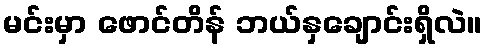
မင်းမှာ ဖောင်တိန် ဘယ်နှချောင်းရှိလဲ။